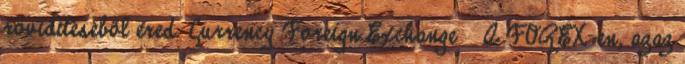
rövidítéséből ered. Currency Foreign Exchange  A FOREX-en, azaz